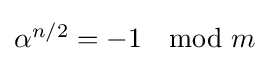
{\textstyle \alpha ^{n/2}=-1\mod m}